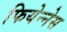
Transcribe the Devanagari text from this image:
फियेन्नेस